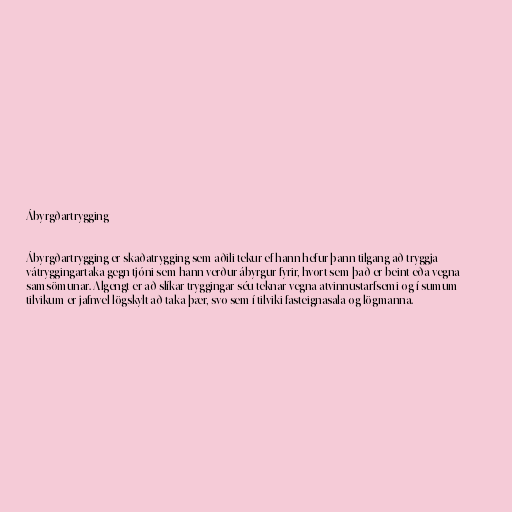
Ábyrgðartrygging

Ábyrgðartrygging er skaðatrygging sem aðili tekur ef hann hefur þann tilgang að tryggja
vátryggingartaka gegn tjóni sem hann verður ábyrgur fyrir, hvort sem það er beint eða vegna
samsömunar. Algengt er að slíkar tryggingar séu teknar vegna atvinnustarfsemi og í sumum
tilvikum er jafnvel lögskylt að taka þær, svo sem í tilviki fasteignasala og lögmanna.